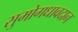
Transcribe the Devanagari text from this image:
सुमोगधावदान